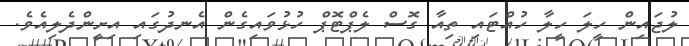
ލުޖައިން ހީލަ ހީލާ ހުއްޓައި ތިއާ ގޮސް ލެޕްޓޮޕް ހުޅުވައިގެން އެނދުގައި އިށީންދެލިއެވެ.